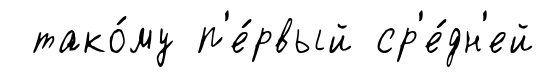
тако́му п'е́рвый ср'е́дн'ей